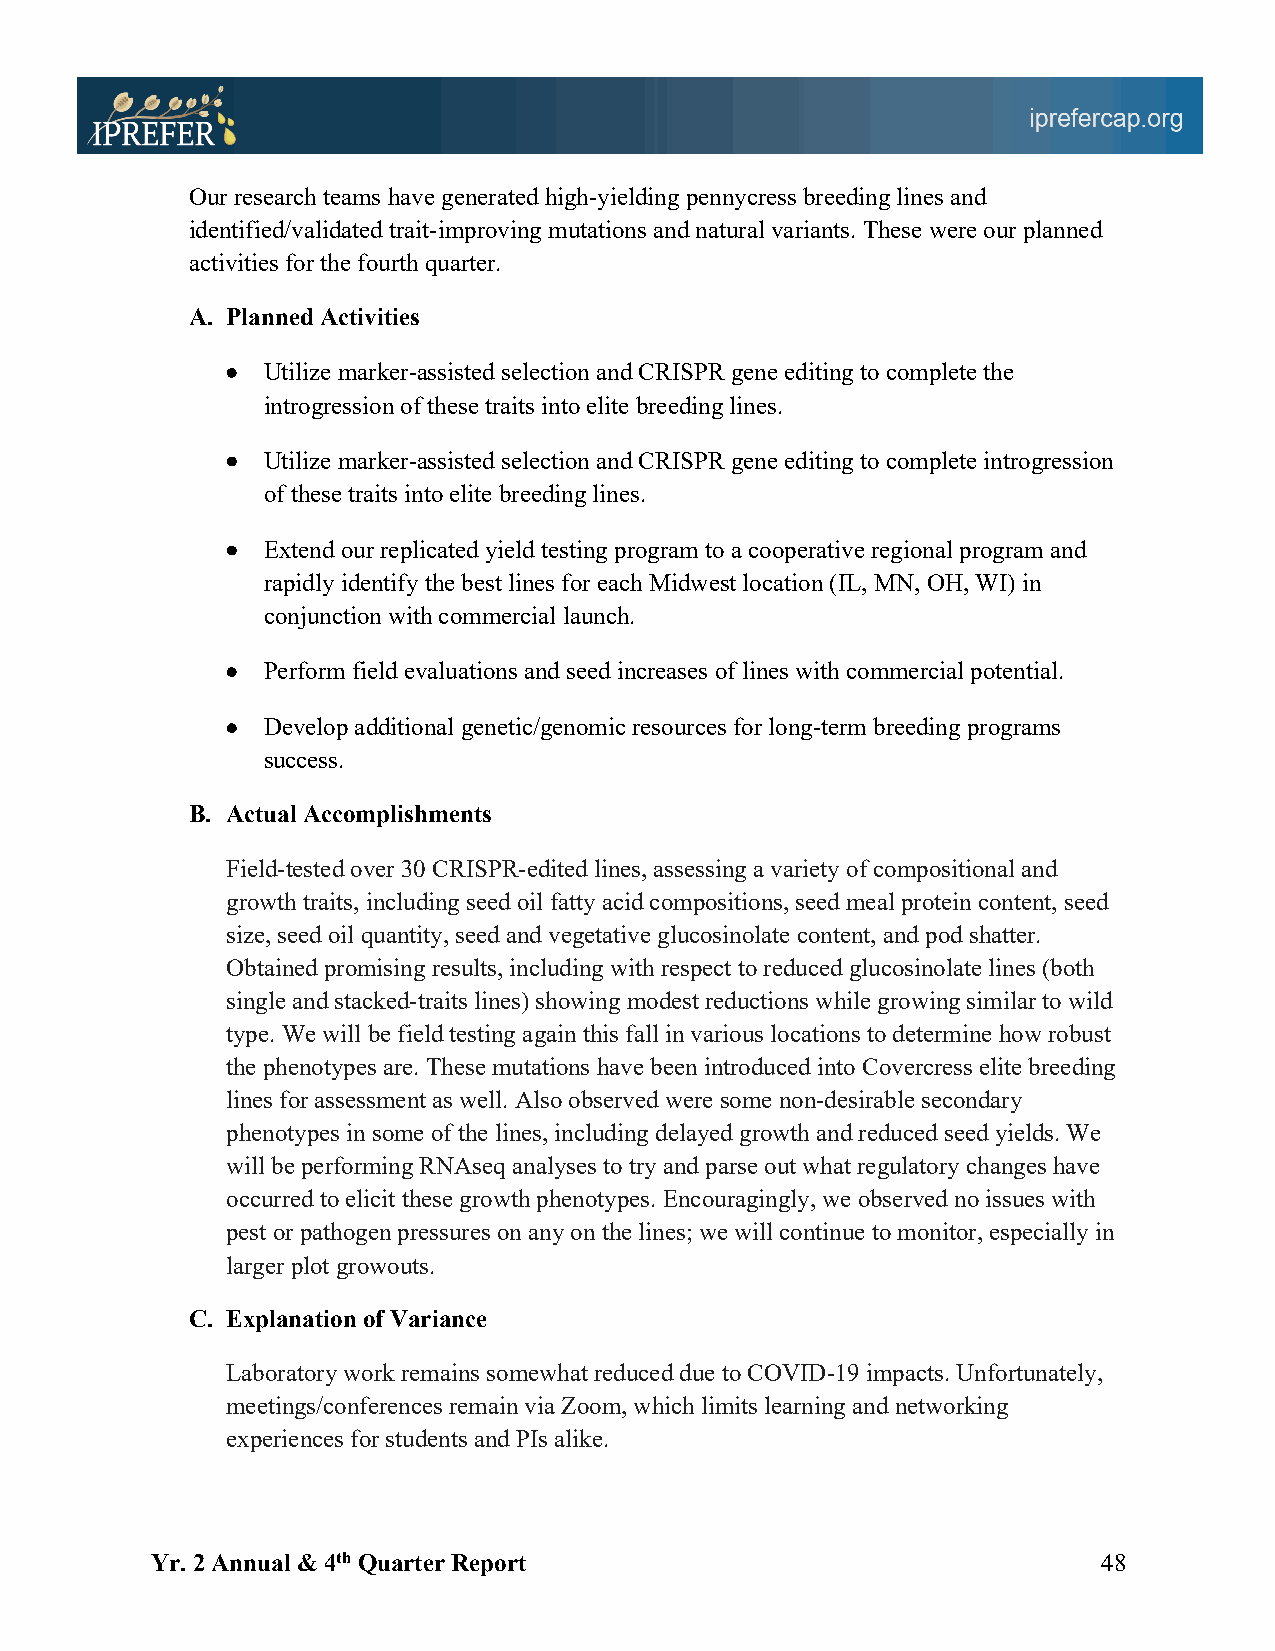
Our research teams have generated high-yielding pennycress breeding lines and
 identified/validated trait-improving mutations and natural variants. These were our planned
 activities for the fourth quarter.
 A. Planned Activities
 • Utilize marker-assisted selection and CRISPR gene editing to complete the
 introgression of these traits into elite breeding lines.
 • Utilize marker-assisted selection and CRISPR gene editing to complete introgression
 of these traits into elite breeding lines.
 • Extend our replicated yield testing program to a cooperative regional program and
 rapidly identify the best lines for each Midwest location (IL, MN, OH, WI) in
 conjunction with commercial launch.
 • Perform field evaluations and seed increases of lines with commercial potential.
 • Develop additional genetic/genomic resources for long-term breeding programs
 success.
 B. Actual Accomplishments
 Field-tested over 30 CRISPR-edited lines, assessing a variety of compositional and
 growth traits, including seed oil fatty acid compositions, seed meal protein content, seed
 size, seed oil quantity, seed and vegetative glucosinolate content, and pod shatter.
 Obtained promising results, including with respect to reduced glucosinolate lines (both
 single and stacked-traits lines) showing modest reductions while growing similar to wild
 type. We will be field testing again this fall in various locations to determine how robust
 the phenotypes are. These mutations have been introduced into Covercress elite breeding
 lines for assessment as well. Also observed were some non-desirable secondary
 phenotypes in some of the lines, including delayed growth and reduced seed yields. We
 will be performing RNAseq analyses to try and parse out what regulatory changes have
 occurred to elicit these growth phenotypes. Encouragingly, we observed no issues with
 pest or pathogen pressures on any on the lines; we will continue to monitor, especially in
 larger plot growouts.
 C. Explanation of Variance
 Laboratory work remains somewhat reduced due to COVID-19 impacts. Unfortunately,
 meetings/conferences remain via Zoom, which limits learning and networking
 experiences for students and PIs alike.
 Yr. 2 Annual & 4th Quarter Report                              48